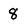
Character: 8